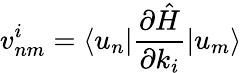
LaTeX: v_{nm}^{i}=\langle u_{n}|\frac{\partial\hat{H}}{\partial k_{i}}|u_{m}\rangle